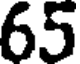
65